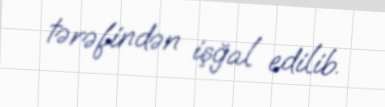
tərəfindən işğal edilib.